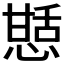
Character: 𭞍